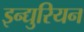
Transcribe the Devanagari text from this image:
इन्द्युरियन